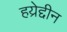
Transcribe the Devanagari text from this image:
हय्रेद्दीन